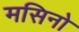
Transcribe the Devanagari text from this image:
मसिनो